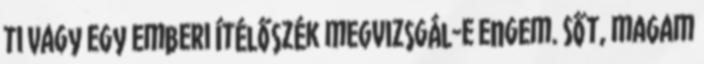
ti vagy egy emberi ítélőszék megvizsgál-e engem. Sőt, magam